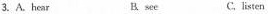
3.A.hear B. sse C, listen